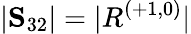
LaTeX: |\mathbf{S}_{32}|=|R^{(+1,0)}|